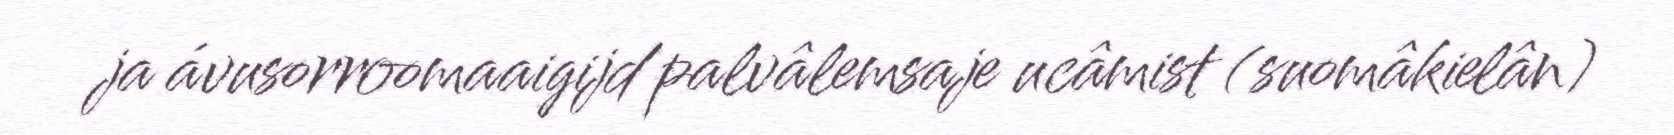
ja ávusorroomaaigijd palvâlemsaje ucâmist (suomâkielân)